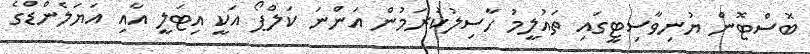
ބޮސްޓޮން ޔުނިވާސިޓީގައި ތައުލީމު ހާސިލުކުރަމުން އަންނަ ކަލްޕޯ އަކީ އިޓަލީ އާއި އަޔަލެންޑްގެ